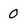
Character: O